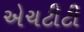
એચટીટી